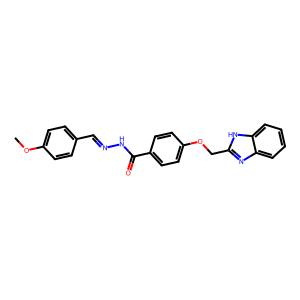
SMILES: COc1ccc(C=NNC(=O)c2ccc(OCc3nc4ccccc4[nH]3)cc2)cc1
Inhibits HIV replication: No